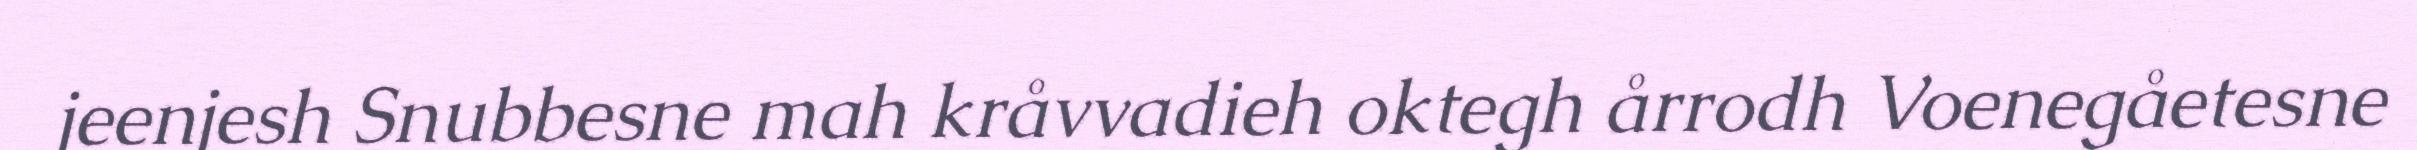
jeenjesh Snubbesne mah kråvvadieh oktegh årrodh Voenegåetesne